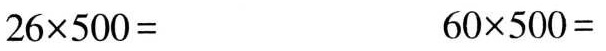
$$2 6 \times 5 0 0 =$$ $$6 0 \times 5 0 0 =$$